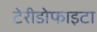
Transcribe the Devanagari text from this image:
टेरीडोफाइटा